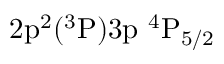
\mathrm { 2 p ^ { 2 } ( ^ { 3 } P ) 3 p ~ ^ { 4 } P _ { 5 / 2 } }